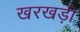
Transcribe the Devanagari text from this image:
खरखड़ी